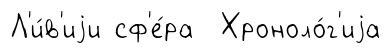
Л'и́в'иjи сф'е́ра Хроноло́г'иjа